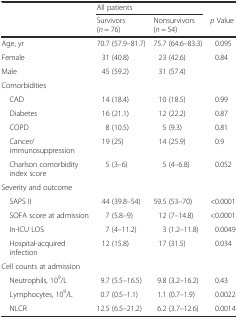
|  | <COLSPAN=2> All patients |  |
 |  | Survivors (n = 76) | Nonsurvivors (n = 54) | p Value |
 | --- | --- | --- | --- |
 | Age, yr | 70.7 (57.9–81.7) | 75.7 (64.6–83.3) | 0.095 |
 | Female | 31 (40.8) | 23 (42.6) | 0.84 |
 | Male | 45 (59.2) | 31 (57.4) |  |
 | <COLSPAN=4> Comorbidities |
 | CAD | 14 (18.4) | 10 (18.5) | 0.99 |
 | Diabetes | 16 (21.1) | 12 (22.2) | 0.87 |
 | COPD | 8 (10.5) | 5 (9.3) | 0.81 |
 | Cancer/immunosuppression | 19 (25) | 14 (25.9) | 0.9 |
 | Charlson comorbidity index score | 5 (3–6) | 5 (4–6.8) | 0.052 |
 | <COLSPAN=4> Severity and outcome |
 | SAPS II | 44 (39.8–54) | 59.5 (53–70) | <0.0001 |
 | SOFA score at admission | 7 (5.8–9) | 12 (7–14.8) | <0.0001 |
 | In-ICU LOS | 7 (4–11.2) | 3 (1.2–11.8) | 0.0049 |
 | Hospital-acquired infection | 12 (15.8) | 17 (31.5) | 0.034 |
 | <COLSPAN=4> Cell counts at admission |
 | Neutrophils, 109/L | 9.7 (5.5–16.5) | 9.8 (3.2–16.2) | 0.43 |
 | Lymphocytes, 109/L | 0.7 (0.5–1.1) | 1.1 (0.7–1.9) | 0.0022 |
 | NLCR | 12.5 (6.5–21.2) | 6.2 (3.7–12.6) | 0.0014 |